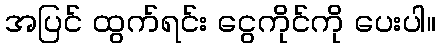
အပြင် ထွက်ရင်း ငွေကိုင်ကို ပေးပါ။